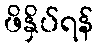
ဖိနှိပ်ရန်